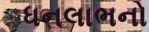
ધનલાભનો